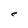
Character: e